Vaccination in the Punjab 1867-1880 - 1867-1880
Year: 1867
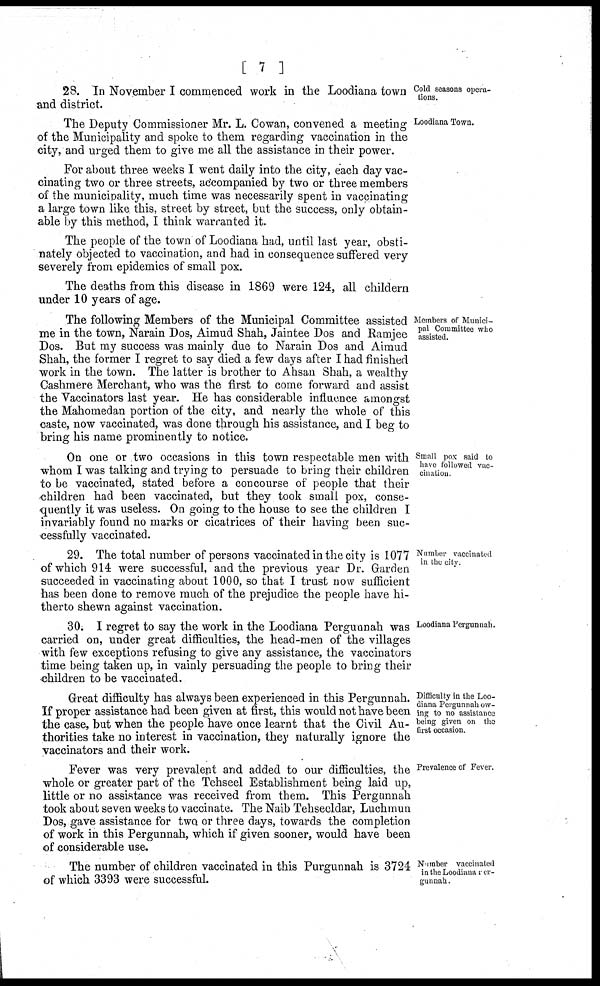
[ 7 ]
Cold seasons opera-
tions.
28. In November I commenced work in the Loodiana town
and district.
Loodiana Town.
The Deputy Commissioner Mr. L. Cowan, convened a meeting
of the Municipality and spoke to them regarding vaccination in the
city, and urged them to give me all the assistance in their power.
For about three weeks I went daily into the city, each day vac-
cinating two or three streets, accompanied by two or three members
of the municipality, much time was necessarily spent in vaccinating
a large town like this, street by street, but the success, only obtain-
able by this method, I think warranted it.
The people of the town of Loodiana had, until last year, obsti-
nately objected to vaccination, and had in consequence suffered very
severely from epidemics of small pox.
The deaths from this disease in 1869 were 124, all childern
under 10 years of age.
Members of Munici-
pal Committee who
assisted.
The following Members of the Municipal Committee assisted
me in the town, Narain Dos, Aimud Shah, Jaintee Dos and Ramjee
Dos. But my success was mainly due to Narain Dos and Aimud
Shah, the former I regret to say died a few days after I had finished
work in the town. The latter is brother to Ahsan Shah, a wealthy
Cashmere Merchant, who was the first to come forward and assist
the Vaccinators last year. He has considerable influence amongst
the Mahomedan portion of the city, and nearly the whole of this
caste, now vaccinated, was done through his assistance, and I beg to
bring his name prominently to notice.
Small pox said to
have followed vac-
cination.
On one or two occasions in this town respectable men with
whom I was talking and trying to persuade to bring their children
to be vaccinated, stated before a concourse of people that their
children had been vaccinated, but they took small pox, conse-
quently it was useless. On going to the house to see the children I
invariably found no marks or cicatrices of their having been suc-
cessfully vaccinated.
Number vaccinated
in the city.
29. The total number of persons vaccinated in the city is 1077
of which 914 were successful, and the previous year Dr. Garden
succeeded in vaccinating about 1000, so that I trust now sufficient
has been done to remove much of the prejudice the people have hi-
therto shewn against vaccination.
Loodiana Pergunnah.
30. I regret to say the work in the Loodiana Pergunnah was
carried on, under great difficulties, the head-men of the villages
with few exceptions refusing to give any assistance, the vaccinators
time being taken up, in vainly persuading the people to bring their
children to be vaccinated.
Difficulty in the Loo-
diana Pergunnah ow-
ing to no assistance
being given on the
first occasion.
Great difficulty has always been experienced in this Pergunnah.
If proper assistance had been given at first, this would not have been
the case, but when the people have once learnt that the Civil Au-
thorities take no interest in vaccination, they naturally ignore the
vaccinators and their work.
Prevalence of Fever.
Fever was very prevalent and added to our difficulties, the
whole or greater part of the Tehseel Establishment being laid up,
little or no assistance was received from them. This Pergunnah
took about seven weeks to vaccinate. The Naib Tehseeldar, Luchmun
Dos, gave assistance for two or three days, towards the completion
of work in this Pergunnah, which if given sooner, would have been
of considerable use.
Number vaccinated
in the Loodiana Per-
gunnah.
The number of children vaccinated in this Purgunnah is 3724
of which 3393 were successful.